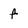
Character: f